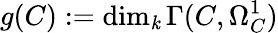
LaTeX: g(C):=\dim_{\mathit{k}}\Gamma(C,\Omega_{C}^{1})